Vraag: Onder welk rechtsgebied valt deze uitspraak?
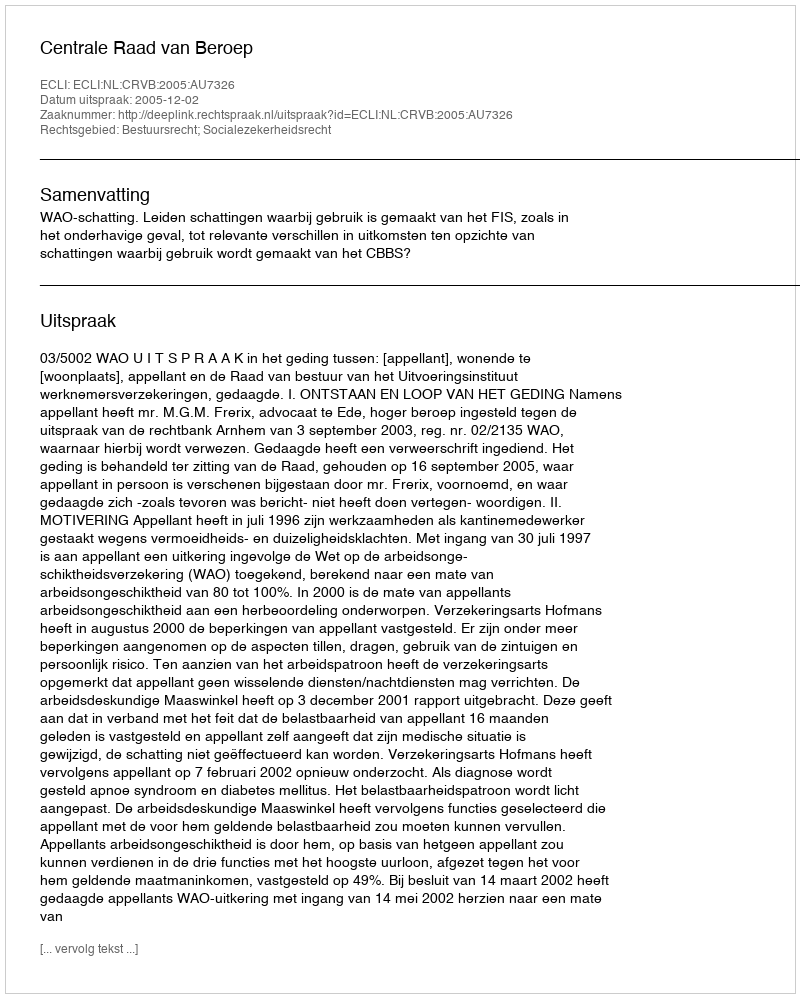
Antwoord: Bestuursrecht; Socialezekerheidsrecht